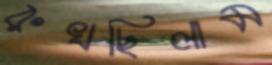
রুখছিলাম